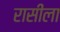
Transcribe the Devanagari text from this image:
रासीला